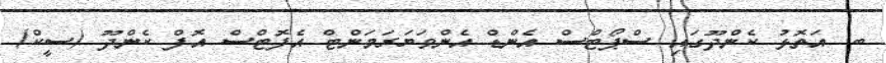
ބ. އަތޮޅު ކެންދޫގައި ސްޕޯޓްސް އެންޑް އެންވަޔަރަމަންޓް އެފޮޓްސް އޮފް ކެންދޫ (ސީކް)